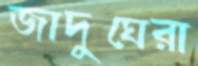
জাদুঘেরা